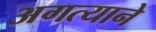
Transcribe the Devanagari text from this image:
अगत्याने